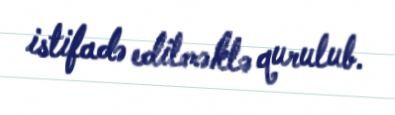
istifadə edilməklə qurulub.